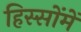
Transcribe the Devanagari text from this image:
हिस्सोंमें